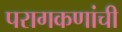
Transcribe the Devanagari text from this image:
परागकणांची